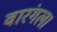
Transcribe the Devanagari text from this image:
वारंगल।